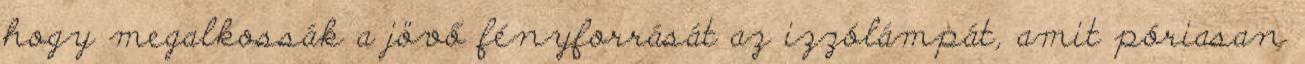
hogy megalkossák a jövő fényforrását az izzólámpát, amit póriasan